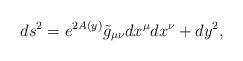
LaTeX: \begin{align*}ds^2 = e^{2A\left( y\right)} \tilde{g}_{\mu\nu} dx^\mu dx^\nu +dy^2 ,\end{align*}